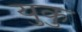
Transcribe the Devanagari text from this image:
युकु